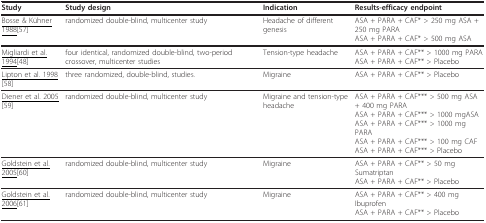
<table><thead><tr><td><b>Study</b></td><td><b>Study design</b></td><td><b>Indication</b></td><td><b>Results-efficacy endpoint</b></td></tr></thead><tbody><tr><td><underline>Bosse &amp; Kühner 1988</underline>[57]</td><td>randomized double-blind, multicenter study</td><td>Headache of different genesis</td><td>ASA + PARA + CAF* &gt; 250 mg ASA + 250 mg PARAASA + PARA + CAF* &gt; 500 mg ASA</td></tr><tr><td><underline>Migliardi et al. 1994</underline>[48]</td><td>four identical, randomized double-blind, two-period crossover, multicenter studies</td><td>Tension-type headache</td><td>ASA + PARA + CAF** &gt; 1000 mg PARAASA + PARA + CAF** &gt; Placebo</td></tr><tr><td><underline>Lipton et al. 1998</underline>[58]</td><td>three randomized, double-blind, studies.</td><td>Migraine</td><td>ASA + PARA + CAF** &gt; Placebo</td></tr><tr><td><underline>Diener et al. 2005</underline>[59]</td><td>randomized double-blind, multicenter study</td><td>Migraine and tension-type headache</td><td>ASA + PARA + CAF*** &gt; 500 mg ASA + 400 mg PARAASA + PARA + CAF*** &gt; 1000 mgASAASA + PARA + CAF*** &gt; 1000 mg PARAASA + PARA + CAF*** &gt; 100 mg CAFASA + PARA + CAF*** &gt; Placebo</td></tr><tr><td><underline>Goldstein et al. 2005</underline>[60]</td><td>randomized double-blind, multicenter study</td><td>Migraine</td><td>ASA + PARA + CAF** &gt; 50 mg SumatriptanASA + PARA + CAF** &gt; Placebo</td></tr><tr><td><underline>Goldstein et al. 2006</underline>[61]</td><td>randomized double-blind, multicenter study</td><td>Migraine</td><td>ASA + PARA + CAF** &gt; 400 mg IbuprofenASA + PARA + CAF** &gt; Placebo</td></tr></tbody></table>